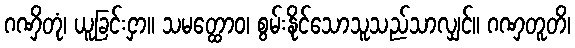
ဂဏှိတုံ၊ ယူခြင်းငှာ။ သမတ္ထောဝ၊ စွမ်းနိုင်သောသူသည်သာလျှင်။ ဂဏှတူတိ၊